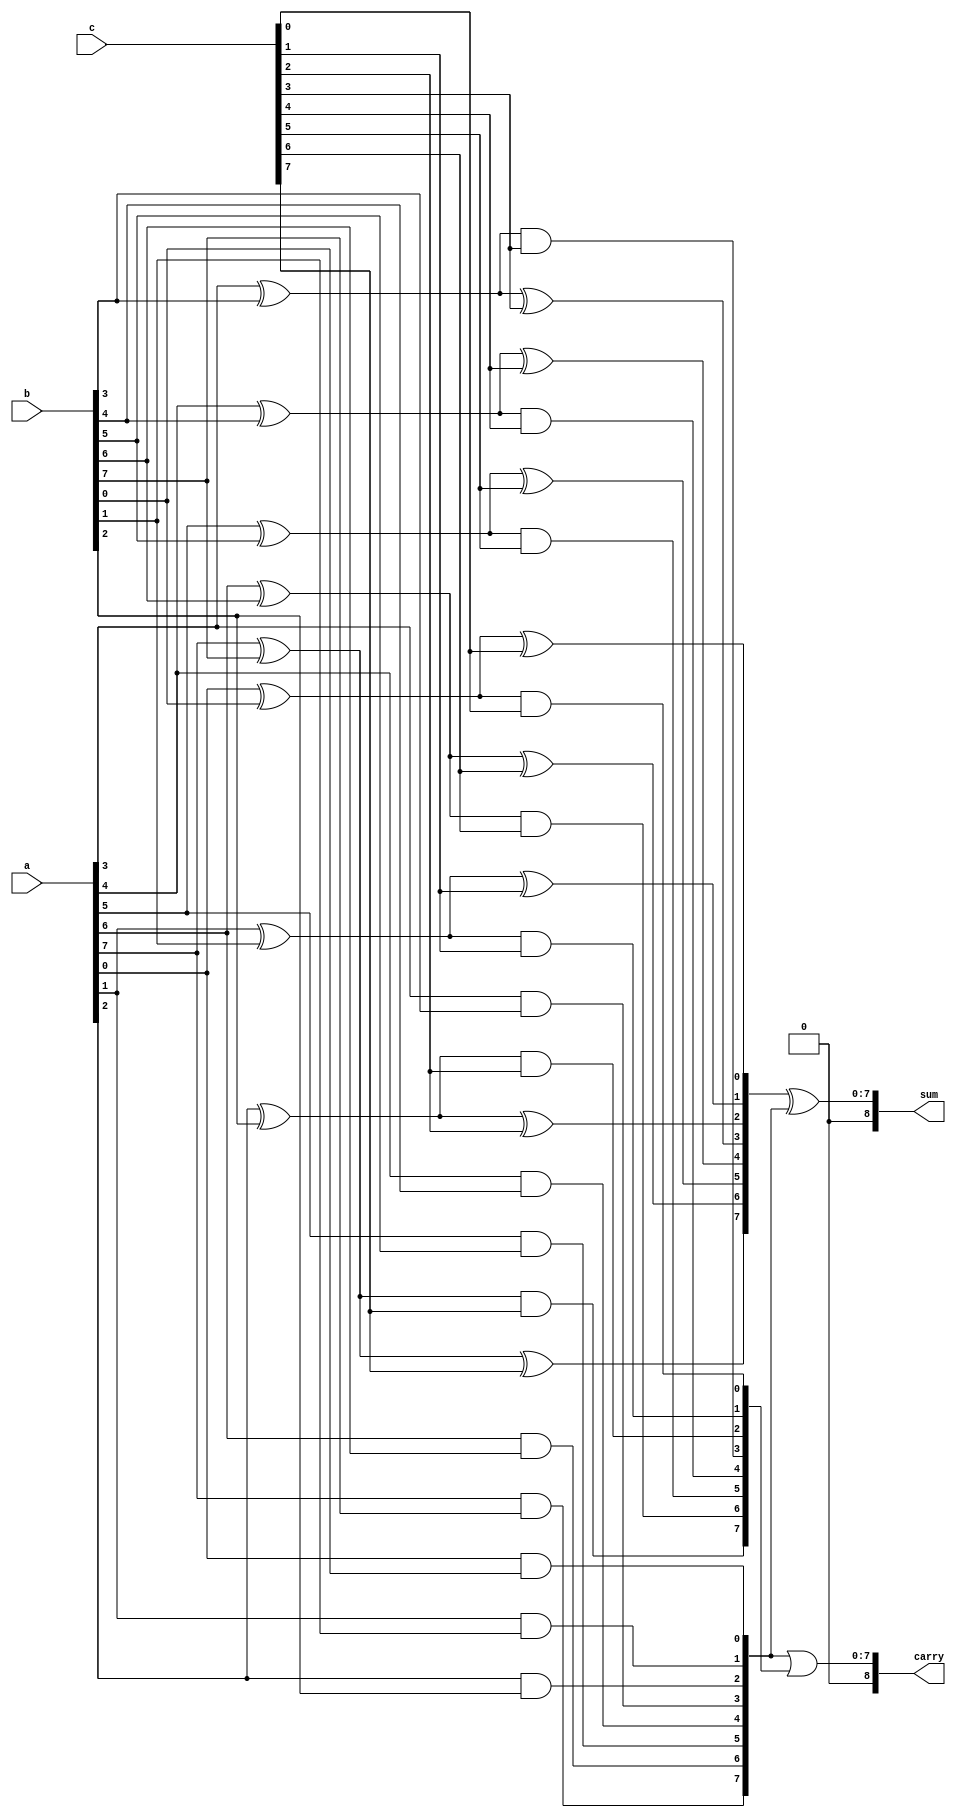
module carry_save_adder #(
    parameter WIDTH = 8  // Width of the input numbers
)(
    input [WIDTH-1:0] a,   // First input
    input [WIDTH-1:0] b,   // Second input
    input [WIDTH-1:0] c,   // Third input
    output [WIDTH:0] sum,   // Final sum output (WIDTH + 1 to accommodate carry)
    output [WIDTH:0] carry   // Final carry output (WIDTH + 1 to accommodate carry)
);

    wire [WIDTH-1:0] partial_sum1; // Partial sum from a and b
    wire [WIDTH-1:0] carry1;        // Carry from a and b
    wire [WIDTH-1:0] partial_sum2; // Partial sum from partial_sum1 and c
    wire [WIDTH-1:0] carry2;        // Carry from partial_sum1 and c

    // First stage: Add a and b
    generate
        genvar i;
        for (i = 0; i < WIDTH; i = i + 1) begin : full_adder_stage1
            assign partial_sum1[i] = a[i] ^ b[i]; // Partial sum
            assign carry1[i] = a[i] & b[i];        // Carry
        end
    endgenerate

    // Second stage: Add partial_sum1 and c
    generate
        for (i = 0; i < WIDTH; i = i + 1) begin : full_adder_stage2
            assign partial_sum2[i] = partial_sum1[i] ^ c[i]; // Partial sum
            assign carry2[i] = partial_sum1[i] & c[i];       // Carry
        end
    endgenerate

    // Final stage: Combine carries
    assign sum = partial_sum2 ^ carry1; // Final sum
    assign carry = carry1 | carry2;      // Final carry

endmodule